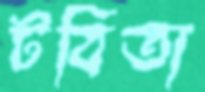
টবিতা